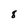
Character: 8